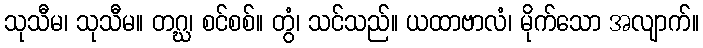
သုသီမ၊ သုသီမ။ တဂ္ဃ၊ စင်စစ်။ တွံ၊ သင်သည်။ ယထာဗာလံ၊ မိုက်သော အလျာက်။